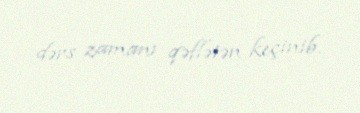
dərs zamanı qəflətən keçinib.